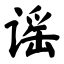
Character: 谣